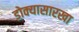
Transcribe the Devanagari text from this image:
डोक्यासारखा